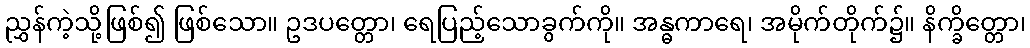
ညွှန်ကဲ့သို့ဖြစ်၍ ဖြစ်သော။ ဥဒပတ္တော၊ ရေပြည့်သောခွက်ကို။ အန္ဓကာရေ၊ အမိုက်တိုက်၌။ နိက္ခိတ္တော၊